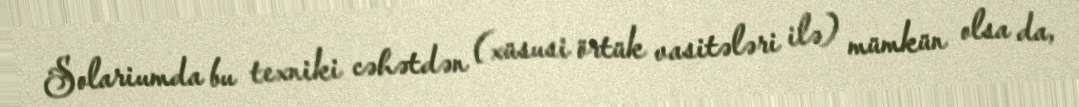
Solariumda bu texniki cəhətdən (xüsusi örtük vasitələri ilə) mümkün olsa da,